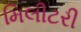
મિલીટરી